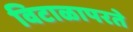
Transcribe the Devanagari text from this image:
विटाळापरते